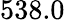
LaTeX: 538.0